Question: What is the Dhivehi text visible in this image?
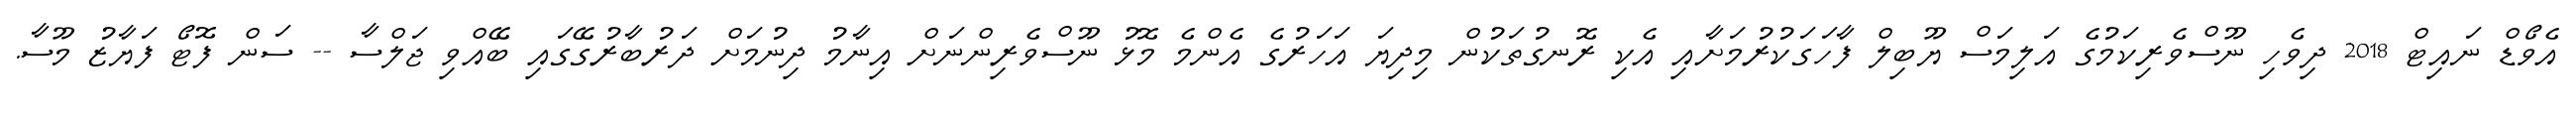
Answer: އެވޯޑް ނައިޓް 2018 ދިވެހި ނޫސްވެރިކަމުގެ އަލިމަސް ޔޫބިލް ފާހަގަކުރުމަށާއި އެކި ރޮނގުތަކުން މިދިޔަ އަހަރުގެ އެންމެ މޮޅު ނޫސްވެރިންނަށް އިނާމު ދިނުމަށް ދަރުބާރުގޭގައި ބޭއްވި ޖަލްސާ -- ސަން ފޮޓޯ ފަޔާޒު މޫސާ.